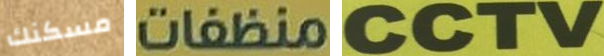
مسكنك منظفات CCTV